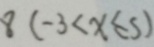
8 ( - 3 < x \leq 5 )